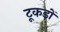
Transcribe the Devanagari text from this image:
टूकड़ों